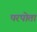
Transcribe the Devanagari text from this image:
परपोता